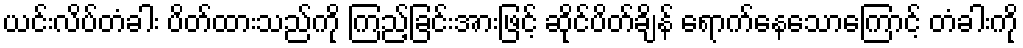
ယင်းလိပ်တံခါး ပိတ်ထားသည်ကို ကြည့်ခြင်းအားဖြင့် ဆိုင်ပိတ်ချိန် ရောက်နေသောကြောင့် တံခါးကို